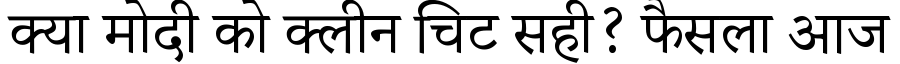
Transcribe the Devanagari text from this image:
क्या मोदी को क्लीन चिट सही? फैसला आज